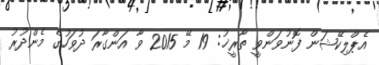
އެޕްލިކޭޝަން ފޮނުވަންވީ ތާރީޚު: 19 މޭ 2015 ވާ އަންގާރަ ދުވަހުގެ މެންދުރު